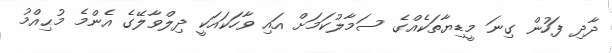
ދާދި ފަހުން ގިނަ މީޑިޔާތަކެއްގެ ސަމާލުކަމަށް އައި ވާހަކައަކީ ދިލްވާލޭގެ އެންމެ މުޙިއްމު